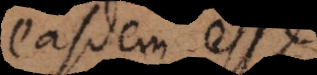
easdem esse